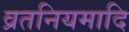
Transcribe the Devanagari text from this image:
व्रतनियमादि